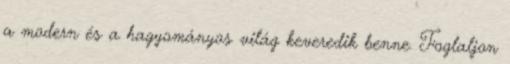
a modern és a hagyományos világ keveredik benne. Foglaljon